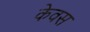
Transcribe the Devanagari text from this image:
केवस